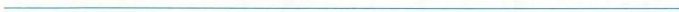
___